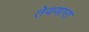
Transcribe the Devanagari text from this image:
तेवणारा